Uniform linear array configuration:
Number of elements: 48
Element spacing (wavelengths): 0.5
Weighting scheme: exponential
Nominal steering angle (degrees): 45
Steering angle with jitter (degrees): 46.986
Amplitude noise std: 0.05
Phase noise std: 0.05

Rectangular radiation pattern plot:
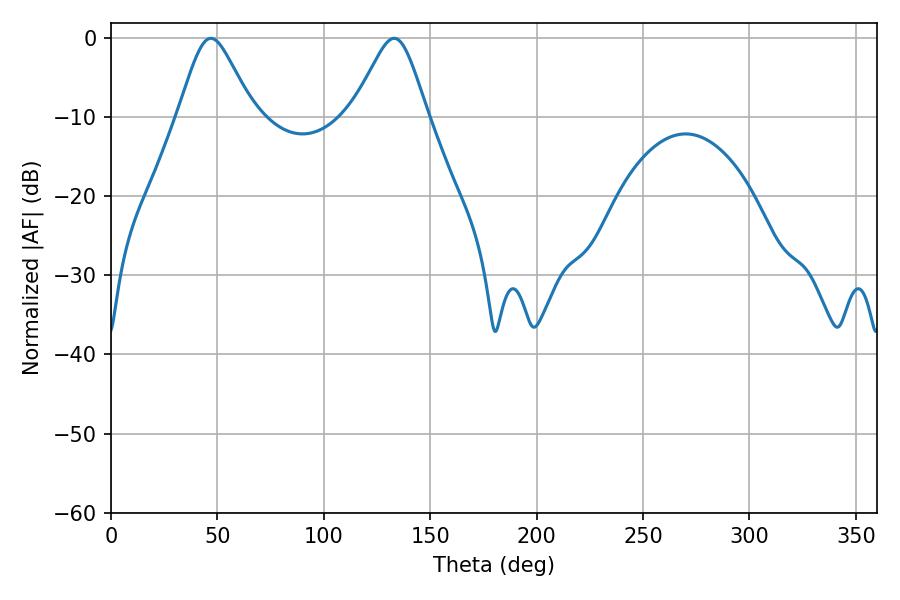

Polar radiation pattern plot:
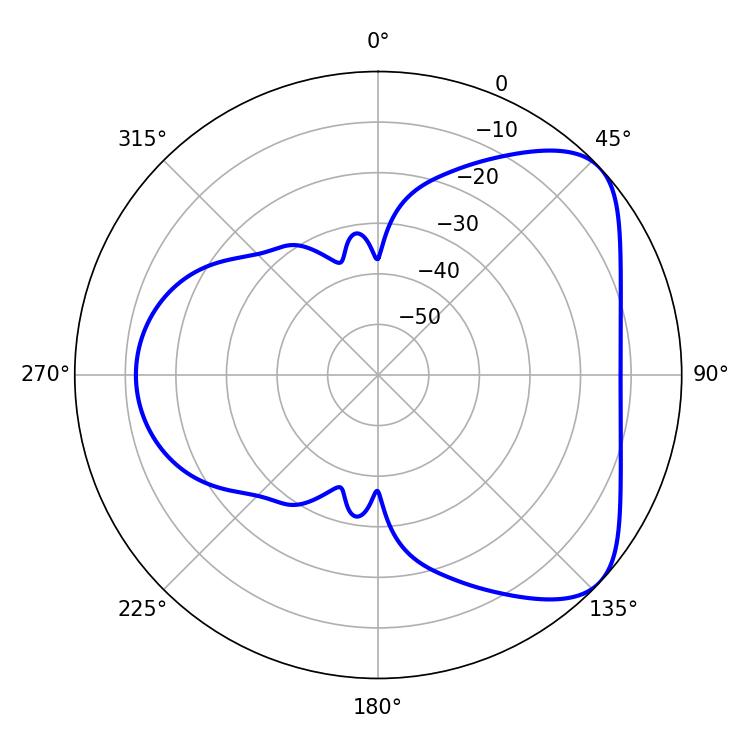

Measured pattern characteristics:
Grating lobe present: FALSE
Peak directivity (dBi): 5.797
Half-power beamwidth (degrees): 17.1
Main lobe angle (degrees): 46.98